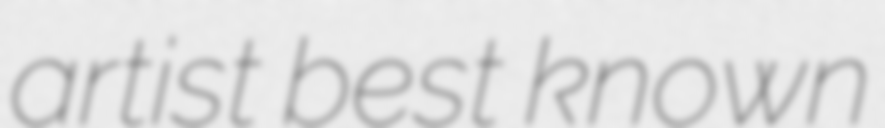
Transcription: artist best known